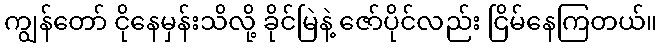
ကျွန်တော် ငိုနေမှန်းသိလို့ ခိုင်မြဲနဲ့ ဇော်ပိုင်လည်း ငြိမ်နေကြတယ်။